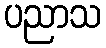
ပညာသ